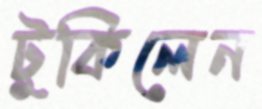
টুকিলেন